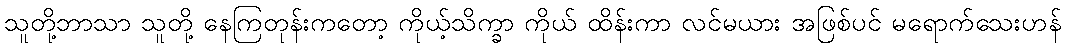
သူတို့ဘာသာ သူတို့ နေကြတုန်းကတော့ ကိုယ့်သိက္ခာ ကိုယ် ထိန်းကာ လင်မယား အဖြစ်ပင် မရောက်သေးဟန်